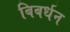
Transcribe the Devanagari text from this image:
बिबर्धन